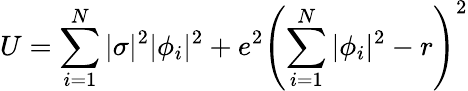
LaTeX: U=\sum_{i=1}^{N}|\sigma|^{2}|\phi_{i}|^{2}+e^{2}\left(\sum_{i=1}^{N}|\phi_{i}|^{2}-r\right)^{2}